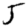
Digit: 5